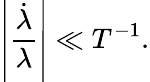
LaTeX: \left|\frac{\dot{\lambda}}{\lambda}\right|\ll T^{-1}.